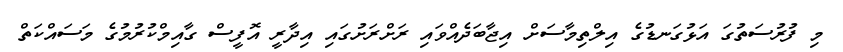
މި ފުރުސަތުގަ އަޅުގަނޑުގެ އިލްތިމާސަށް އިޖާބަދެއްވައި ރަށްރަށުގައި އިދާރީ އޮފީސް ގާއިމްކުރުމުގެ މަސައްކަތް